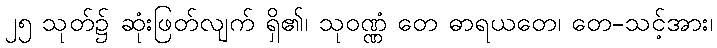
၂၅ သုတ်၌ ဆုံးဖြတ်လျက် ရှိ၏၊ သုဝဏ္ဏံ တေ ဓာရယတေ၊ တေ-သင့်အား၊